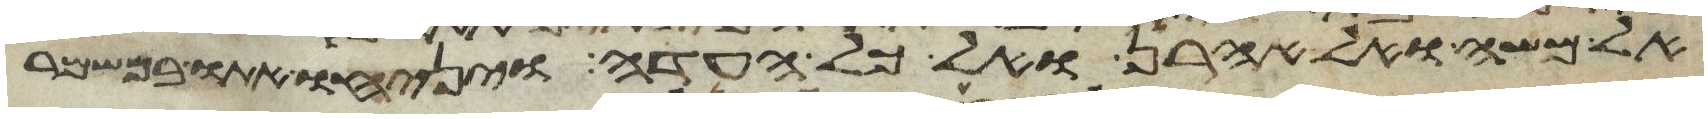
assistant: אל משה ואל אהרן ואל כל העדה ויניחו אתו במשמר